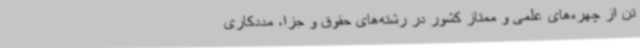
تن از چهره‌های علمی و ممتاز کشور در رشته‌های حقوق و جزا، مددکاری